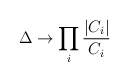
\begin{align*}\Delta \rightarrow \prod_i \frac{|C_i|}{C_i} \end{align*}